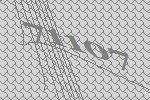
71107